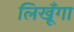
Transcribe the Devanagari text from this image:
लिखूँगा